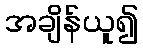
အချိန်ယူ၍